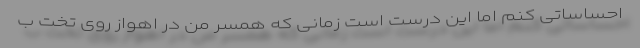
احساساتی کنم اما این درست است زمانی که همسر من در اهواز روی تخت ب